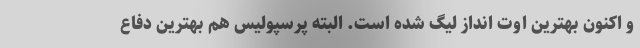
و اکنون بهترین اوت انداز لیگ شده است. البته پرسپولیس هم بهترین دفاع